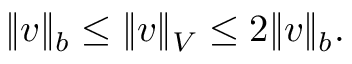
\Vert v \Vert _ { b } \leq \Vert v \Vert _ { V } \leq 2 \Vert v \Vert _ { b } .